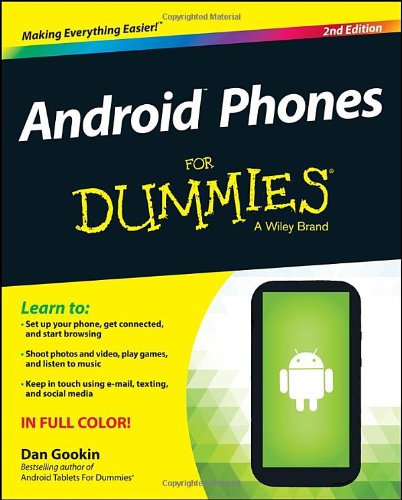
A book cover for Android Phones For Dummies; Dan Gookin; Computers & Technology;